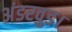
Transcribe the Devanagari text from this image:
अंडरवुड।